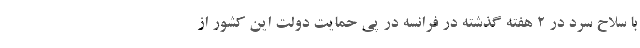
با سلاح سرد در ۲ هفته گذشته در فرانسه در پی حمایت دولت این کشور از